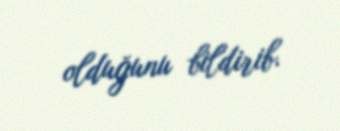
olduğunu bildirib.